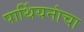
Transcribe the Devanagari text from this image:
पार्थियनांचा